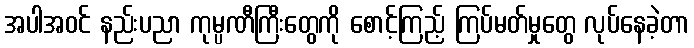
အပါအဝင် နည်းပညာ ကုမ္ပဏီကြီးတွေကို စောင့်ကြည့် ကြပ်မတ်မှုတွေ လုပ်နေခဲ့တာ